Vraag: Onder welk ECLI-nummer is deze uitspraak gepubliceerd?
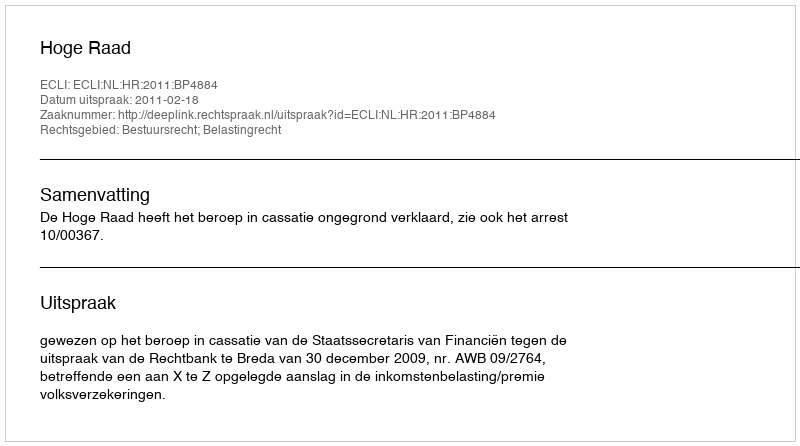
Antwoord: ECLI:NL:HR:2011:BP4884